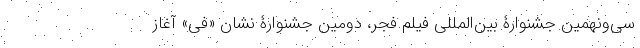
سی‌ونهمین جشنوارۀ بین‌المللی فیلم فجر، دومین جشنوارۀ نشان «فی» آغاز